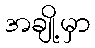
အချို့မှာ